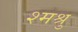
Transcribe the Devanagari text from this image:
श्मश्रु